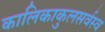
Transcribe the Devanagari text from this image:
कालिकाकुलसर्वस्व